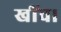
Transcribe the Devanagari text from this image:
खींच।